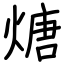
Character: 煻